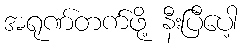
အရုဏ်တက်ဖို့ နီးပြီပေါ့